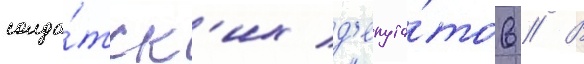
солда́тск'их д'епута́тов // В